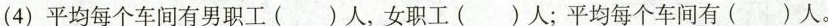
(4)平均每个车间有男职工( )人，女职工( )人；平均每个车间有( )人。